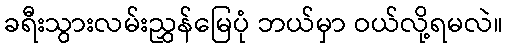
ခရီးသွားလမ်းညွှန်မြေပုံ ဘယ်မှာ ဝယ်လို့ရမလဲ။